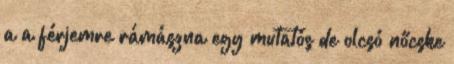
a a férjemre rámászna egy mutatós de olcsó nőcske